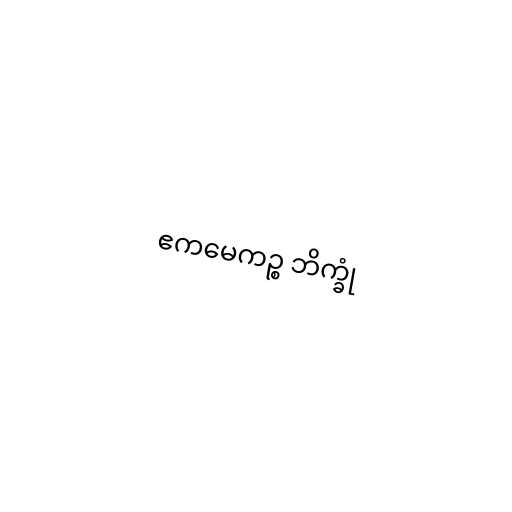
ဧကမေကဉ္စ ဘိက္ခုံ